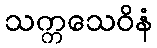
သက္ကသေဝိနံ